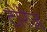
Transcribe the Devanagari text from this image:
टोरेज़